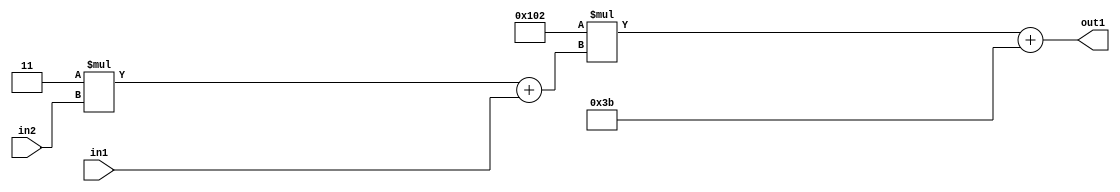
`timescale 1ps / 1ps
/*****************************************************************************
    Verilog RTL Description
    
    
    Created by: Stratus DpOpt 2019.1.01 
*******************************************************************************/

module DC_Filter_Add2i59Mul2i258Add2u1Mul2i3u2_4 (
	in2,
	in1,
	out1
	); /* architecture "behavioural" */ 
input [1:0] in2;
input  in1;
output [11:0] out1;
wire [11:0] asc001;
wire [3:0] asc002;

wire [3:0] asc002_tmp_0;
assign asc002_tmp_0 = 
	+(4'B0011 * in2);
assign asc002 = asc002_tmp_0
	+(in1);

wire [11:0] asc001_tmp_1;
assign asc001_tmp_1 = 
	+(12'B000100000010 * asc002);
assign asc001 = asc001_tmp_1
	+(12'B000000111011);

assign out1 = asc001;
endmodule

/* CADENCE  v7bxSQ8= : u9/ySgnWtBlWxVPRXgAZ4Og= ** DO NOT EDIT THIS LINE ******/